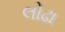
લોઢા